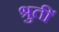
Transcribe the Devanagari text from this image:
श्रुतीं